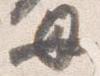
母